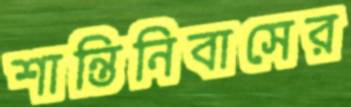
শান্তিনিবাসের